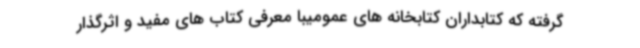
گرفته که کتابداران کتابخانه های عمومیبا معرفی کتاب های مفید و اثرگذار